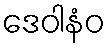
ဒေဝါနံဝ